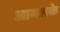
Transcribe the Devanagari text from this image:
आमलके